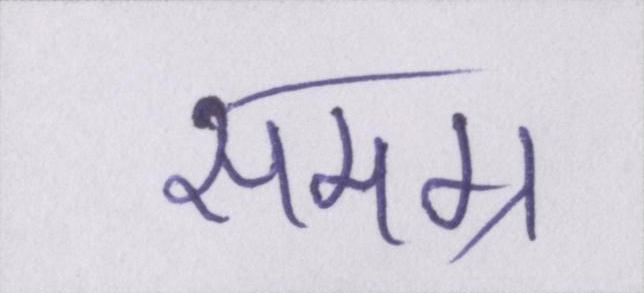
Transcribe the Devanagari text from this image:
समग्र